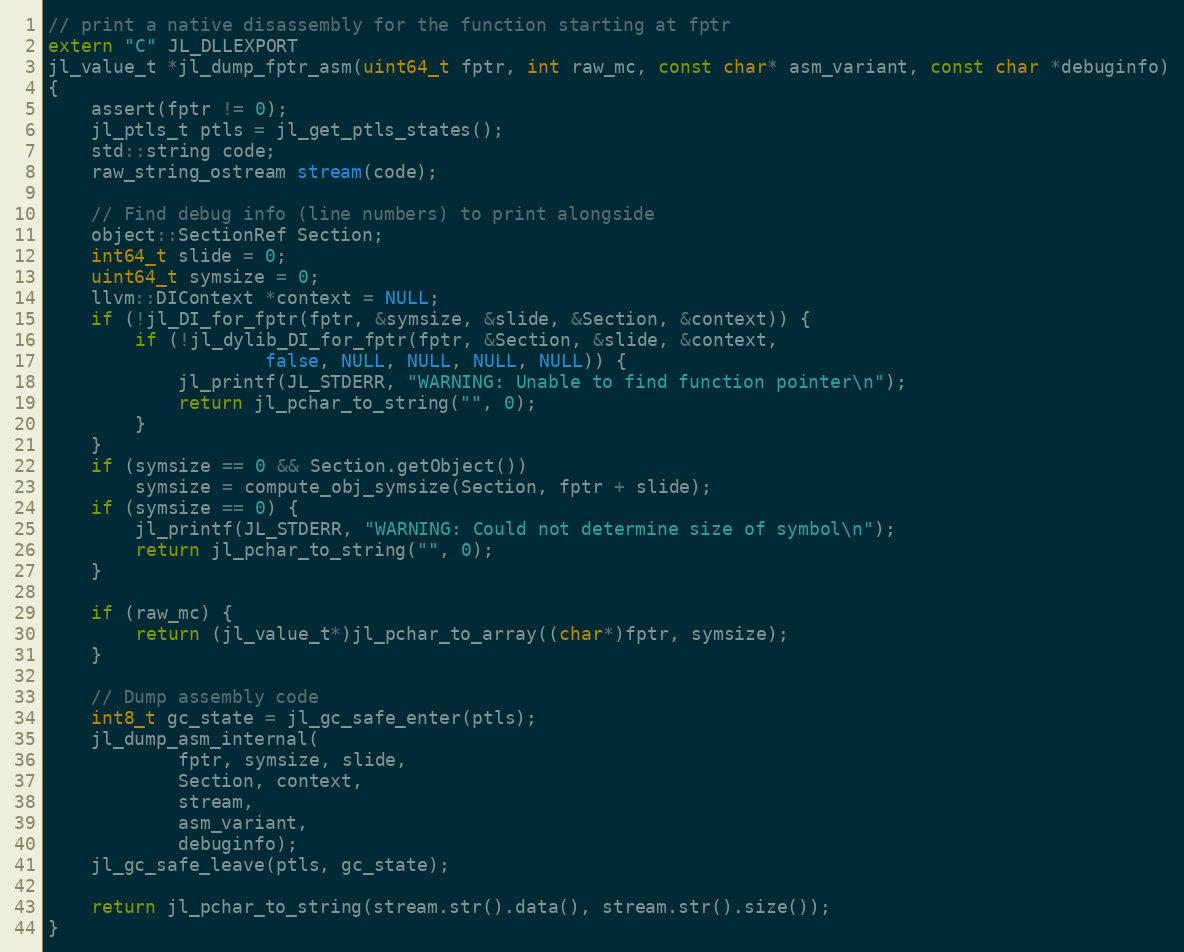
Language: C++
// print a native disassembly for the function starting at fptr
extern "C" JL_DLLEXPORT
jl_value_t *jl_dump_fptr_asm(uint64_t fptr, int raw_mc, const char* asm_variant, const char *debuginfo)
{
    assert(fptr != 0);
    jl_ptls_t ptls = jl_get_ptls_states();
    std::string code;
    raw_string_ostream stream(code);

    // Find debug info (line numbers) to print alongside
    object::SectionRef Section;
    int64_t slide = 0;
    uint64_t symsize = 0;
    llvm::DIContext *context = NULL;
    if (!jl_DI_for_fptr(fptr, &symsize, &slide, &Section, &context)) {
        if (!jl_dylib_DI_for_fptr(fptr, &Section, &slide, &context,
                    false, NULL, NULL, NULL, NULL)) {
            jl_printf(JL_STDERR, "WARNING: Unable to find function pointer\n");
            return jl_pchar_to_string("", 0);
        }
    }
    if (symsize == 0 && Section.getObject())
        symsize = compute_obj_symsize(Section, fptr + slide);
    if (symsize == 0) {
        jl_printf(JL_STDERR, "WARNING: Could not determine size of symbol\n");
        return jl_pchar_to_string("", 0);
    }

    if (raw_mc) {
        return (jl_value_t*)jl_pchar_to_array((char*)fptr, symsize);
    }

    // Dump assembly code
    int8_t gc_state = jl_gc_safe_enter(ptls);
    jl_dump_asm_internal(
            fptr, symsize, slide,
            Section, context,
            stream,
            asm_variant,
            debuginfo);
    jl_gc_safe_leave(ptls, gc_state);

    return jl_pchar_to_string(stream.str().data(), stream.str().size());
}